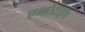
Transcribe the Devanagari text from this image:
एम्ब्रोटाइप